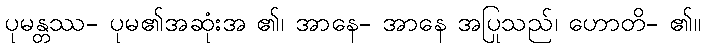
ပုမန္တဿ- ပုမ၏အဆုံးအ ၏၊ အာနေ- အာနေ အပြုသည်၊ ဟောတိ- ၏။